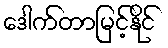
ဒေါက်တာမြင့်နိုင်